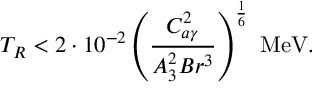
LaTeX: T _ { R } < 2 \cdot 1 0 ^ { - 2 } \left( \frac { C _ { a \gamma } ^ { 2 } } { A _ { 3 } ^ { 2 } B r ^ { 3 } } \right) ^ { \frac { 1 } { 6 } } \mathrm { ~ M e V } .